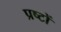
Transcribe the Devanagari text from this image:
प्रष्टों